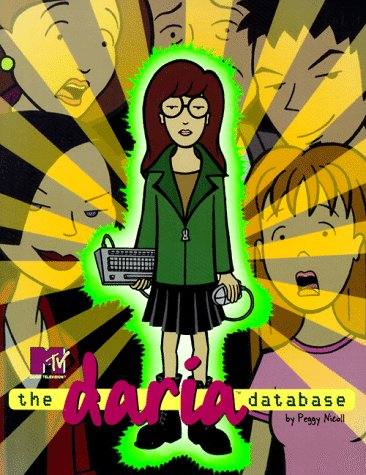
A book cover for The Daria Database (MTV's Daria); Peggy Nicoll; Humor & Entertainment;